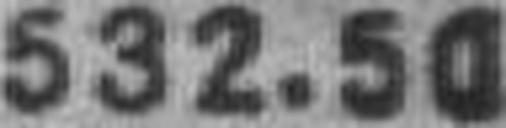
532.50